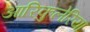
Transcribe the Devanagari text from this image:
आरिकुलेरिया